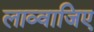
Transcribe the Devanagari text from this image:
लाव्वाजिए